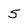
Character: 5